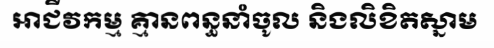
អាជីវកម្ម គ្មានពន្ធនាំចូល និងលិខិតស្នាម